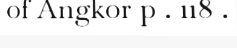
of Angkor p . 118 .